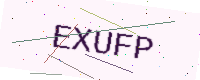
Text: EXUFP